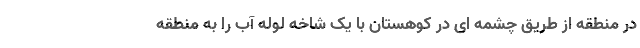
در منطقه از طریق چشمه ای در کوهستان با یک شاخه لوله آب را به منطقه